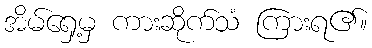
အိမ်ရှေ့မှ ကားဆိုက်သံ ကြားရ၏။